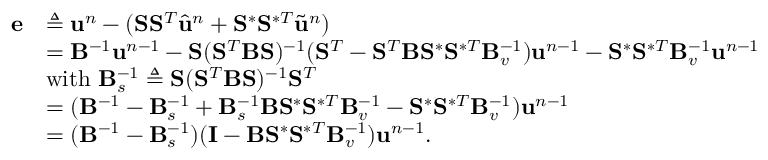
\begin{array} { r l } { \mathbf { e } } & { \triangleq \ensuremath { \mathbf { u } } ^ { n } - ( \mathbf { S } \mathbf { S } ^ { T } \hat { \ensuremath { \mathbf { u } } } ^ { n } + \mathbf { S } ^ { \ast } \mathbf { S } ^ { \ast T } \Tilde { \ensuremath { \mathbf { u } } } ^ { n } ) } \\ & { = \mathbf { B } ^ { - 1 } \ensuremath { \mathbf { u } } ^ { n - 1 } - \mathbf { S } ( \mathbf { S } ^ { T } \mathbf { B } \mathbf { S } ) ^ { - 1 } ( \mathbf { S } ^ { T } - \mathbf { S } ^ { T } \mathbf { B } \mathbf { S } ^ { \ast } \mathbf { S } ^ { \ast T } \mathbf { B } _ { v } ^ { - 1 } ) \ensuremath { \mathbf { u } } ^ { n - 1 } - \mathbf { S } ^ { \ast } \mathbf { S } ^ { \ast T } \mathbf { B } _ { v } ^ { - 1 } \ensuremath { \mathbf { u } } ^ { n - 1 } } \\ & { \mathrm { w i t h } \ \mathbf { B } _ { s } ^ { - 1 } \triangleq \mathbf { S } ( \mathbf { S } ^ { T } \mathbf { B } \mathbf { S } ) ^ { - 1 } \mathbf { S } ^ { T } } \\ & { = ( \mathbf { B } ^ { - 1 } - \mathbf { B } _ { s } ^ { - 1 } + \mathbf { B } _ { s } ^ { - 1 } \mathbf { B } \mathbf { S } ^ { \ast } \mathbf { S } ^ { \ast T } \mathbf { B } _ { v } ^ { - 1 } - \mathbf { S } ^ { \ast } \mathbf { S } ^ { \ast T } \mathbf { B } _ { v } ^ { - 1 } ) \ensuremath { \mathbf { u } } ^ { n - 1 } } \\ & { = ( \mathbf { B } ^ { - 1 } - \mathbf { B } _ { s } ^ { - 1 } ) ( \mathbf { I } - \mathbf { B } \mathbf { S } ^ { \ast } \mathbf { S } ^ { \ast T } \mathbf { B } _ { v } ^ { - 1 } ) \ensuremath { \mathbf { u } } ^ { n - 1 } . } \end{array}